Indian journal of veterinary science and animal husbandry - Volumes 15-17, 1948-1951
Year: 1948
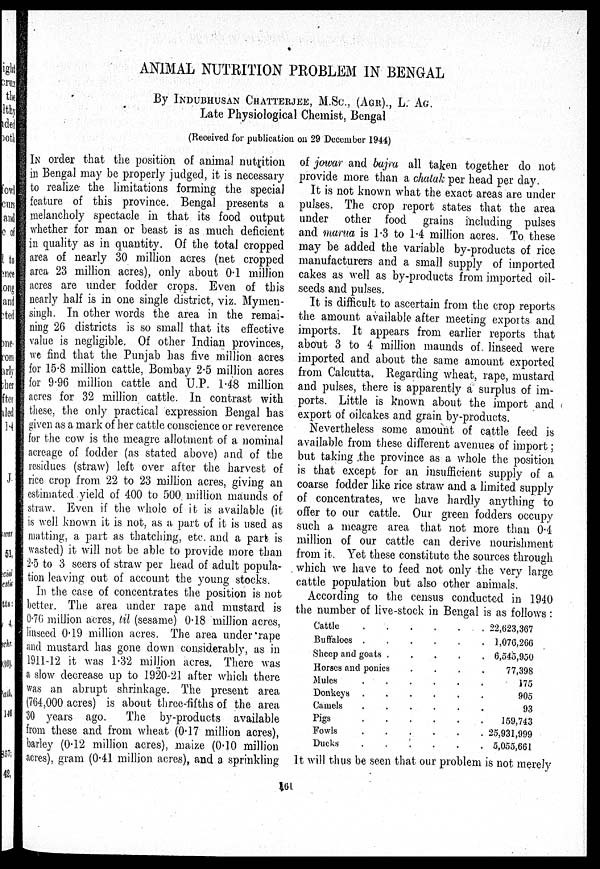
ANIMAL NUTRITION PROBLEM IN BENGAL
By INDUBHUSAN CHATTERJEE, M.Sc., (AGR)., L. AG.
Late Physiological Chemist, Bengal
(Received for publication on 29 December 1944)
IN order that the position of animal nutrition
in Bengal may be properly judged, it is necessary
to realize the limitations forming the special
feature of this province. Bengal presents a
melancholy spectacle in that its food output
whether for man or beast is as much deficient
in quality as in quantity. Of the total cropped
area of nearly 30 million acres (net cropped
area 23 million acres), only about 0.1 million
acres are under fodder crops. Even of this
nearly half is in one single district, viz. Mymen-
singh. In other words the area in the remai-
ning 26 districts is so small that its effective
value is negligible. Of other Indian provinces,
we find that the Punjab has five million acres
for 15.8 million cattle, Bombay 2.5 million acres
for 9.96 million cattle and U.P. 1.48 million
acres for 32 million cattle. In contrast with
these, the only practical expression Bengal has
given as a mark of her cattle conscience or reverence
for the cow is the meagre allotment of a nominal
acreage of fodder (as stated above) and of the
residues (straw) left over after the harvest of
rice crop from 22 to 23 million acres, giving an
estimated yield of 400 to 500 million maunds of
straw. Even if the whole of it is available (it
is well known it is not, as a part of it is used as
matting, a part as thatching, etc. and a part is
wasted) it will not be able to provide more than
2.5 to 3 seers of straw per head of adult popula-
tion leaving out of account the young stocks.
In the case of concentrates the position is not
better. The area under rape and mustard is
0.76 million acres, til (sesame) 0.18 million acres,
linseed 0.19 million acres. The area under rape
and mustard has gone down considerably, as in
1911-12 it was 1.32 million acres, There was
a slow decrease up to 1920-21 after which there
was an abrupt shrinkage. The present area
(764,000 acres) is about three-fifths of the area
30 years ago.
The by-products available
from these and from wheat (0.17 million acres),
barley (0.12 million acres), maize (0.10 million
acres), gram (0.41 million acres), and a sprinkling
of jowar and bajra all taken together do not
provide more than a chatak per head per day.
It is not known what the exact areas are under
pulses. The crop report states that the area
under other food grains including pulses
and marua is 1.3 to 1.4 million acres. To these
may be added the variable by-products of rice
manufacturers and a small supply of imported
cakes as well as by-products from imported oil-
seeds and pulses.
It is difficult to ascertain from the crop reports
the amount available after meeting exports and
imports. It appears from earlier reports that
about 3 to 4 million maunds of linseed were
imported and about the same amount exported
from Calcutta. Regarding wheat, rape, mustard
and pulses, there is apparently a surplus of im-
ports. Little is known about the import and
export of oilcakes and grain by-products.
Nevertheless some amount of cattle feed is
available from these different avenues of import;
but taking the province as a whole the position
is that except for an insufficient supply of a
coarse fodder like rice straw and a limited supply
of concentrates, we have hardly anything to
offer to our cattle. Our green fodders occupy
such a meagre area that not more than 0.4
million of our cattle can derive nourishment
from it. Yet these constitute the sources through
which we have to feed not only the very large
cattle population but also other animals.
According to the census conducted in 1940
the number of live-stock in Bengal is as follows:
Cattle
.
.
.
.
.
.
Buffaloes
.
.
.
.
.
.
Sheep and goats . . . . . .
Horses and ponies . . . . . .
Mules
.
.
.
.
.
.
Donkeys
.
.
.
.
.
.
Camels
.
.
.
.
.
.
Pigs
.
.
.
.
.
.
Fowls
.
.
.
.
.
.
Ducks
.
.
.
.
.
.
22,623,367
1,076,266
6,545,950
77,398
175
905
93
159,743
25,931,999
5,055,661
It will thus be seen that our problem is not merely
161